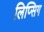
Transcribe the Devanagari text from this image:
लिप्सिग